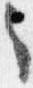
々